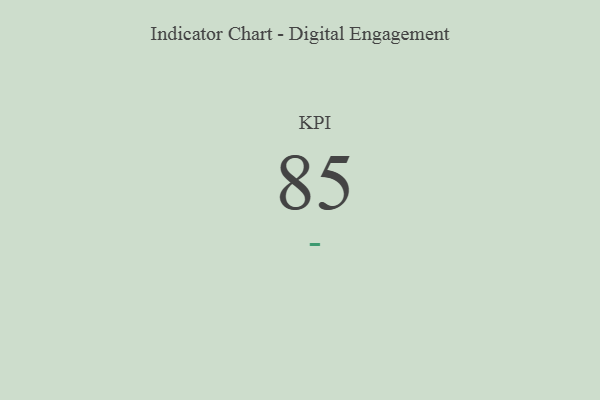
{"axis": {"x": "KPI", "y": "Value"}, "legend": [""], "data": [{"x": "KPI", "y": 85, "type": ""}]}